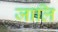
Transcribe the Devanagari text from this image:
जालि